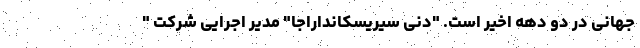
جهانی در دو دهه اخیر است. "دنی سیریسکانداراجا" مدیر اجرایی شرکت "